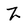
Character: Z